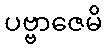
ပဗ္ဗာဇေမိ